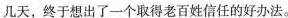
几天，终于想出了一个取得老百经信任的好办法。